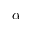
\alpha